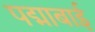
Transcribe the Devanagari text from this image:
पद्माबाई